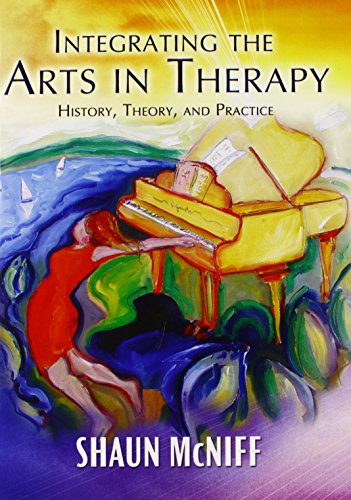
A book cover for Integrating the Arts in Therapy: History, Theory, and Practice; Shaun McNiff; Health, Fitness & Dieting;